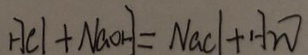
H C l + N a O H = N a C l + H _ { 2 } O